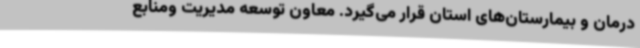
درمان و بیمارستان‌های استان قرار می‌گیرد. معاون توسعه مدیریت ومنابع